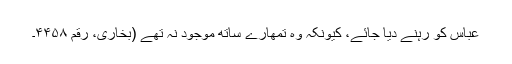
عباس کو رہنے دیا جائے، کیونکہ وہ تمھارے ساتھ موجود نہ تھے (بخاری، رقم ۴۴۵۸۔